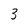
Character: 3